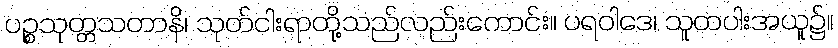
ပဉ္စသုတ္တသတာနိ၊ သုတ်ငါးရာတို့သည်လည်းကောင်း။ ပရဝါဒေ၊ သူတပါးအယူ၌။